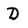
Character: D